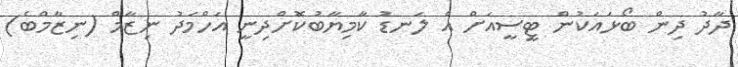
ދާދު ދިން ބޯޅައަކުން ޓީސީއަށް އެ ލަނޑު ކާމިޔާބުކޮށްދިނީ އަހްމަދު ނިޒާމް (ނިޒާމްބެ)